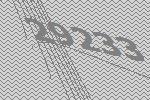
29233